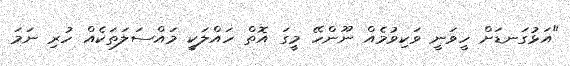
"އަޅުގަނޑަށް ހީވަނީ ވަކިވުމެއް ނޫންހޭ މީގަ އޮތް ހައްލަކީ މައްސަލަތަކެއް ހުރި ނަމަ